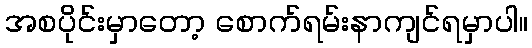
အစပိုင်းမှာတော့ စောက်ရမ်းနာကျင်ရမှာပါ။